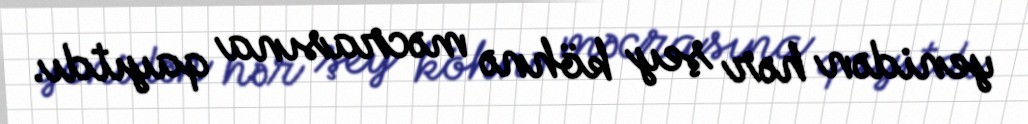
yenidən hər şey köhnə məcrasına qayıtdı.